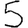
Digit: 5